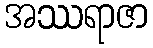
အဿရာဇာ